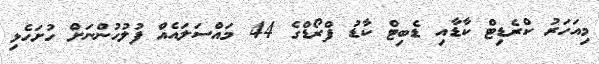
މިއަހަރު ކްރެޑިޓް ކާޑާއި ޑެބިޓް ކާޑު ފްރޯޑްގެ 44 މައްސަލައެއް ފުލުހުންނަށް ހުށަހެޅި